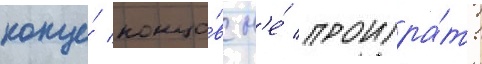
конце́ концо́в н'е́ проигра́ть